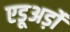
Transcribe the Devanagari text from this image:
एडूअर्ड़ो